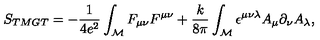
S _ { \tiny T M G T } = - \frac { 1 } { 4 e ^ { 2 } } \int _ { \cal M } F _ { \mu \nu } F ^ { \mu \nu } + \frac { k } { 8 \pi } \int _ { \cal M } \epsilon ^ { \mu \nu \lambda } A _ { \mu } \partial _ { \nu } A _ { \lambda } ,